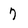
Character: 7